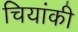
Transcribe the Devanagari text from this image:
चियांकी